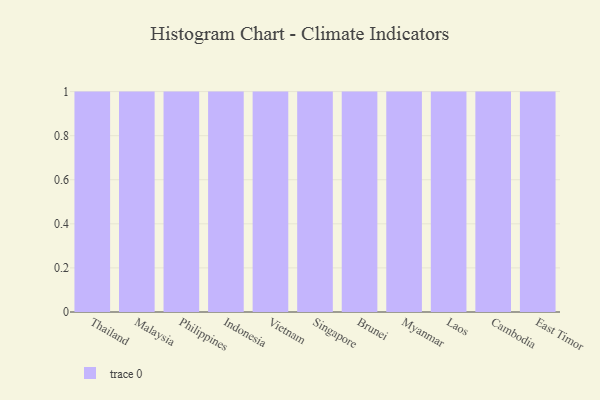
{"axis": {"x": "Country", "y": "Budget (USD K)"}, "legend": [""], "data": [{"x": "Thailand", "y": 41, "type": ""}, {"x": "Malaysia", "y": 58, "type": ""}, {"x": "Philippines", "y": 48, "type": ""}, {"x": "Indonesia", "y": 29, "type": ""}, {"x": "Vietnam", "y": 77, "type": ""}, {"x": "Singapore", "y": 8, "type": ""}, {"x": "Brunei", "y": 24, "type": ""}, {"x": "Myanmar", "y": 60, "type": ""}, {"x": "Laos", "y": 53, "type": ""}, {"x": "Cambodia", "y": 33, "type": ""}, {"x": "East Timor", "y": 41, "type": ""}]}